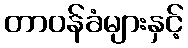
တာဝန်ခံများနှင့်